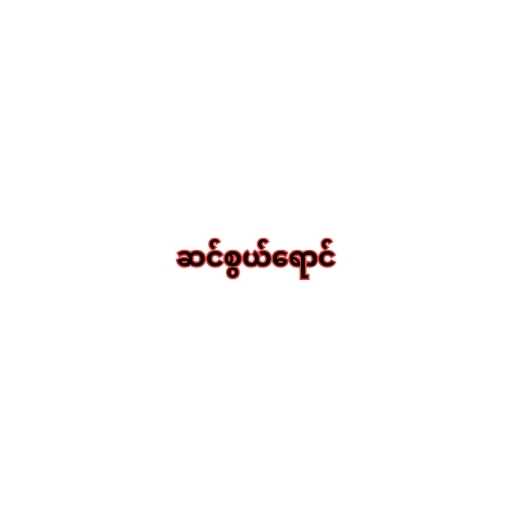
ဆင်စွယ်ရောင်